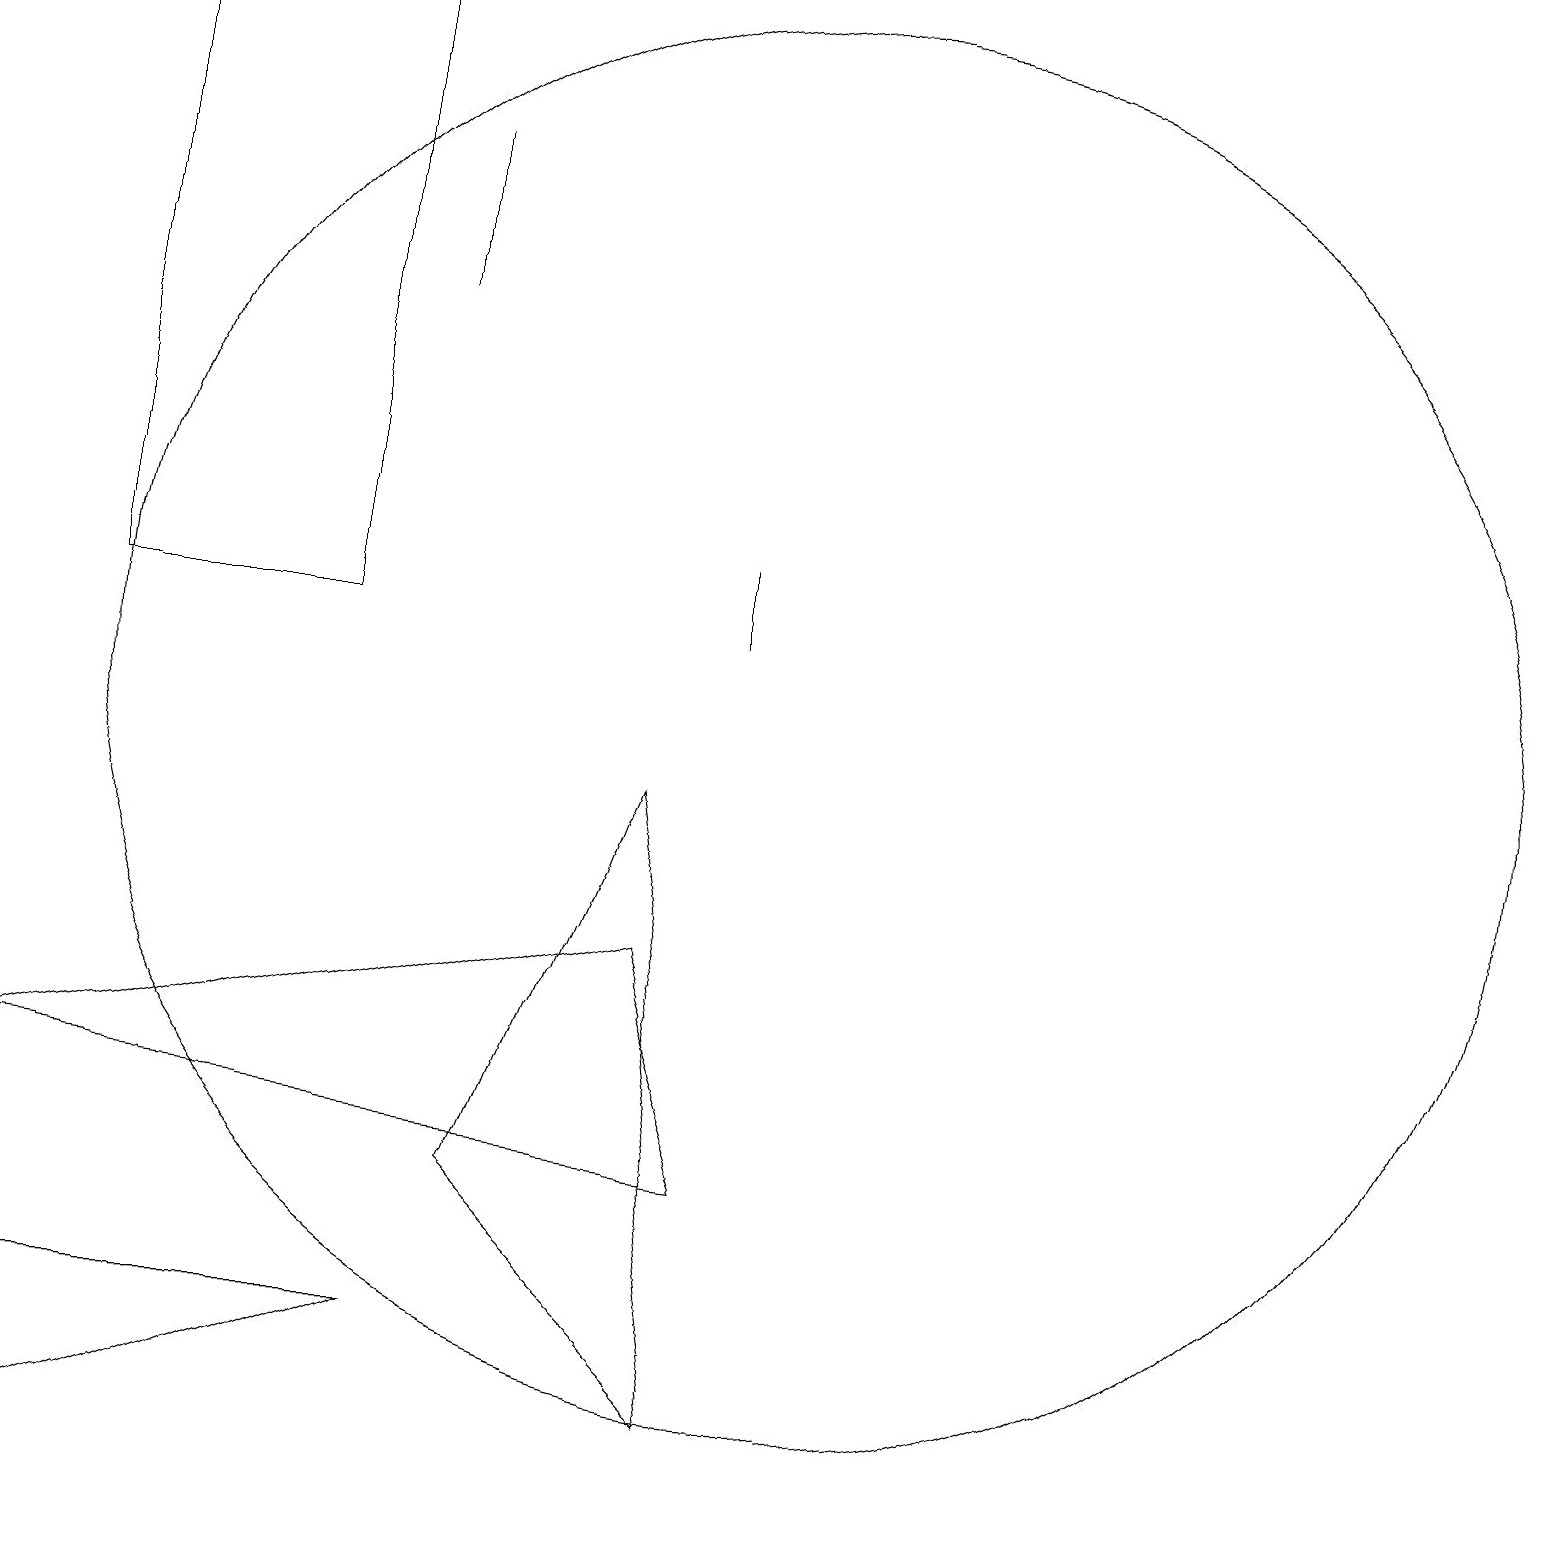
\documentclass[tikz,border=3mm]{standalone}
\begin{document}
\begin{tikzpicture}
\draw (4,11) rectangle (1,19);
\draw (6,4) -- (9,1) -- (8,9) -- cycle;
\draw (0,5) -- (9,4) -- (8,7) -- cycle;
\draw (5,15) rectangle (5,17);
\draw (0,0) -- (5,2) -- (0,2) -- cycle;
\draw (9,11) rectangle (9,12);
\draw (10,10) circle (9);
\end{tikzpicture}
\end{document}